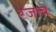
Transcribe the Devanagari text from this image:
रजत्व